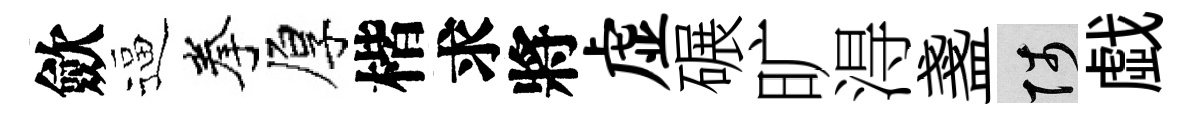
歛逼拳厚楷求將虚碾旷淂盞陟戯